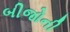
બીજોની